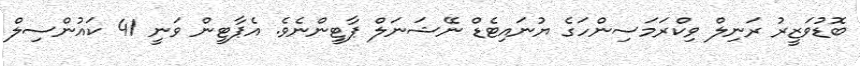
ބޮޑުވަޒީރު ރަނިލް ވިކްރަމަސިންހަގެ ޔުނައިޓެޑް ނޭޝަނަލް ޕާޓީންނެވެ. އެޕާޓީން ވަނީ 41 ކައުންސިލް